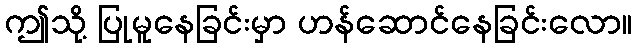
ဤသို့ ပြုမူနေခြင်းမှာ ဟန်ဆောင်နေခြင်းလော။